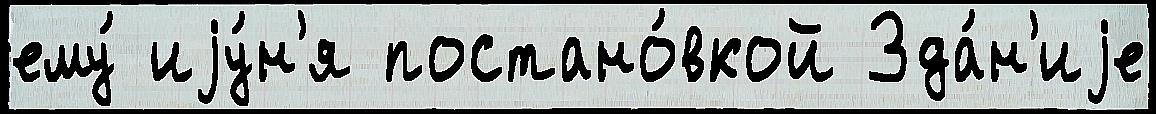
ему́ иjу́н'я постано́вкой Зда́н'иjе